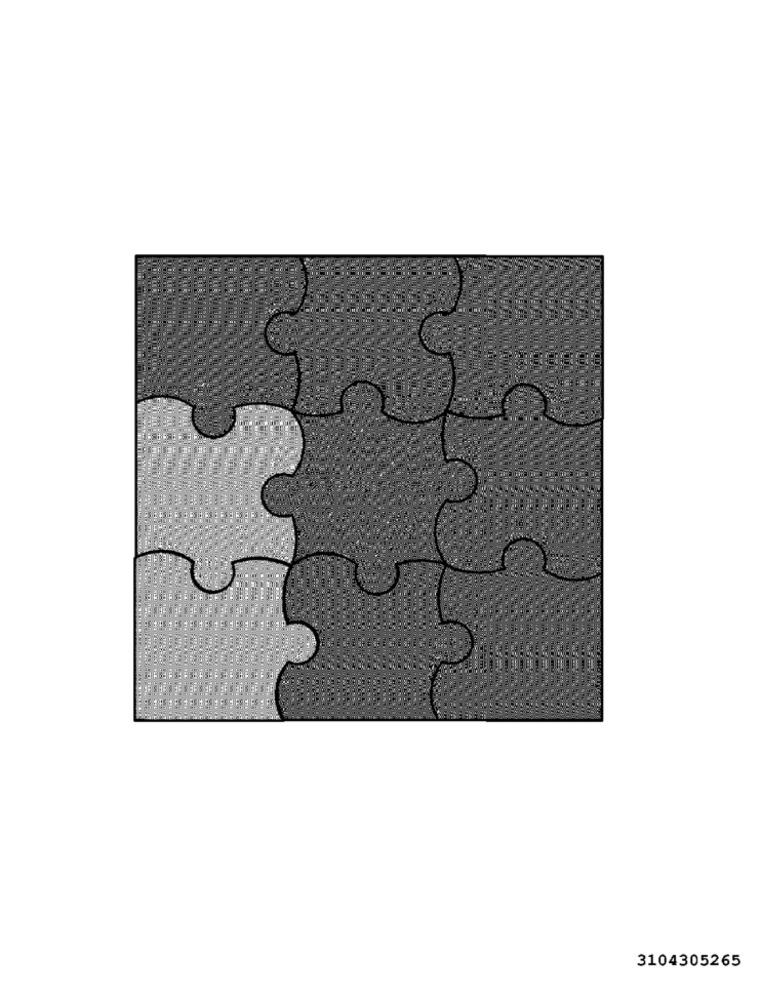
3104305265